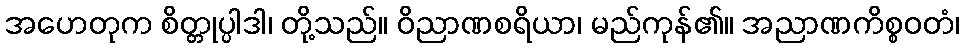
အဟေတုက စိတ္တုပ္ပါဒါ၊ တို့သည်။ ဝိညာဏစရိယာ၊ မည်ကုန်၏။ အညာဏကိစ္စဝတံ၊